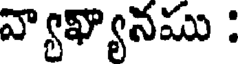
వ్యాఖ్యానము :